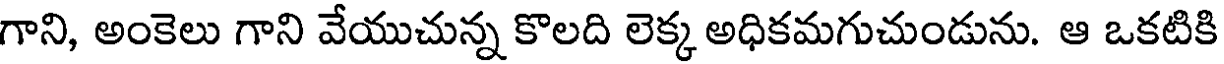
గాని, అంకెలు గాని వేయుచున్న కొలది లెక్క అధికమగుచుండును. ఆ ఒకటికి